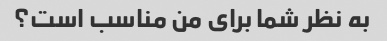
به نظر شما برای من مناسب است؟